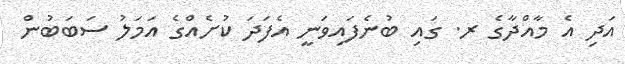
އަދި އެ މާއްދާގެ ރ. ގައި ބުނެފައިވަނީ އެފަދަ ކުށެއްގެ އަމަލު ސަބަބުން